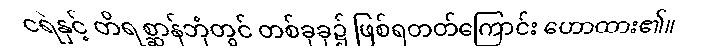
ငရဲနှင့် တိရစ္ဆာန်ဘုံတွင် တစ်ခုခု၌ ဖြစ်ရတတ်ကြောင်း ဟောထား၏။